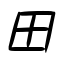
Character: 田